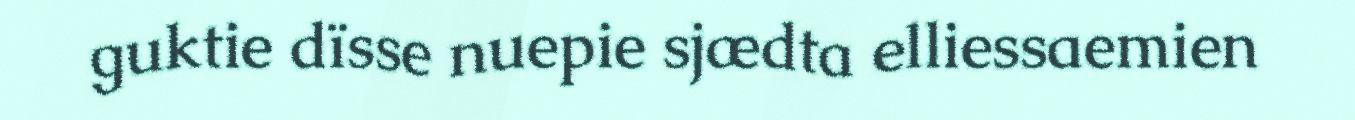
guktie dïsse nuepie sjædta elliessaemien